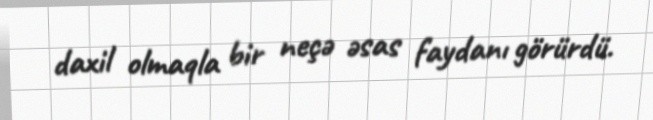
daxil olmaqla bir neçə əsas faydanı görürdü.